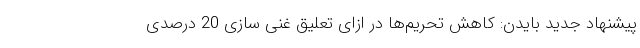
پیشنهاد جدید بایدن: کاهش تحریم‌ها در ازای تعلیق غنی سازی 20 درصدی